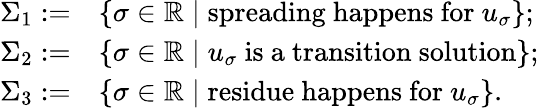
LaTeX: \begin{array}{rl}{\Sigma_{1}:=}&{\{ \sigma\in\mathbb{R}\; |\; \mathrm{spreading~happens~for~}u_{\sigma}\} ;}\\ {\Sigma_{2}:=}&{\{ \sigma\in\mathbb{R}\; |\; u_{\sigma}\mathrm{~is~a~transition~solution}\} ;}\\ {\Sigma_{3}:=}&{\{ \sigma\in\mathbb{R}\; |\; \mathrm{residue~happens~for~}u_{\sigma}\} .}\end{array}